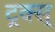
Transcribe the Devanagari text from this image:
ट्रक्स्